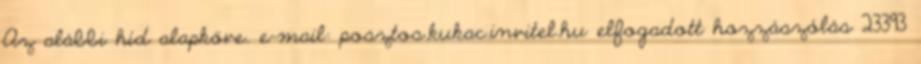
Az alábbi híd alapköve. e-mail: posztos.kukac.invitel.hu elfogadott hozzászólás 23393